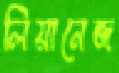
লিয়ানেজ